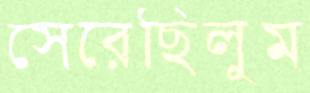
সেরেছিলুম